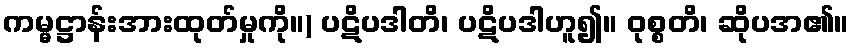
ကမ္မဋ္ဌာန်းအားထုတ်မှုကို။) ပဋိပဒါတိ၊ ပဋိပဒါဟူ၍။ ဝုစ္စတိ၊ ဆိုပအ၏။